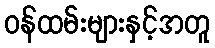
ဝန်ထမ်းများနှင့်အတူ